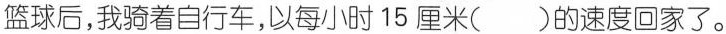
篮球后，我骑着自行车，以每小时15厘米( )的速度回家了。